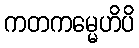
ကတကမ္မေဟိပိ